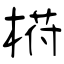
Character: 﨓